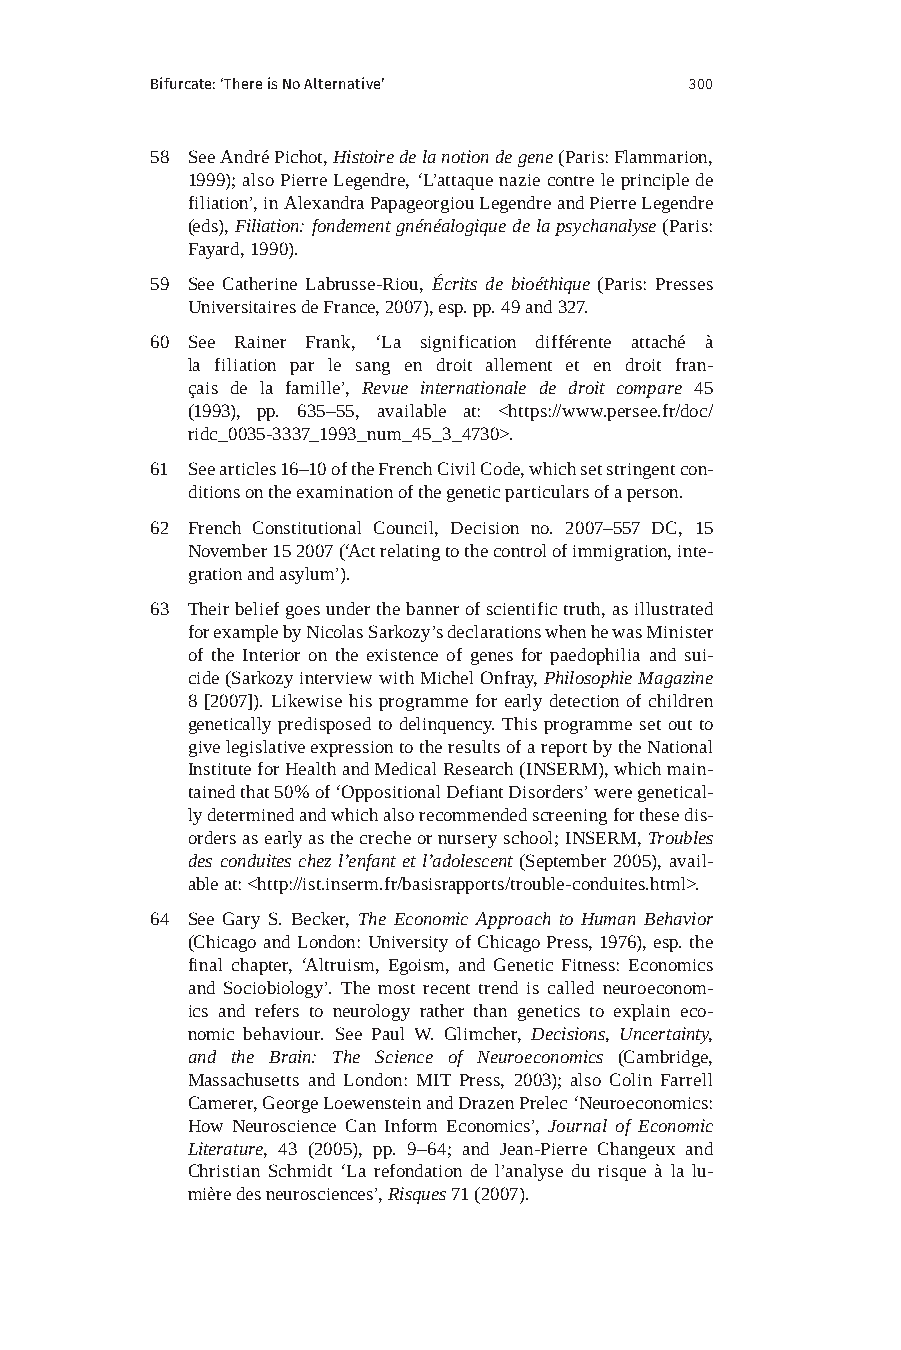
Bifurcate: ‘There is No Alternative’ 300
 58 See André Pichot, Histoire de la notion de gene (Paris: Flammarion,
 1999); also Pierre Legendre, ‘L’attaque nazie contre le principle de
 filiation’, in Alexandra Papageorgiou Legendre and Pierre Legendre
 (eds), Filiation: fondement gnénéalogique de la psychanalyse (Paris:
 Fayard, 1990).
 59 See Catherine Labrusse-Riou, Écrits de bioéthique (Paris: Presses
 Universitaires de France, 2007), esp. pp. 49 and 327.
 60 See Rainer Frank, ‘La signification différente attaché à
 la filiation par le sang en droit allement et en droit fran-
 çais de la famille’, Revue internationale de droit compare 45
 (1993), pp. 635–55, available at: <https://www.persee.fr/doc/
 ridc_0035-3337_1993_num_45_3_4730>.
 61 See articles 16–10 of the French Civil Code, which set stringent con-
 ditions on the examination of the genetic particulars of a person.
 62 French Constitutional Council, Decision no. 2007–557 DC, 15
 November 15 2007 (‘Act relating to the control of immigration, inte-
 gration and asylum’).
 63 Their belief goes under the banner of scientific truth, as illustrated
 for example by Nicolas Sarkozy’s declarations when he was Minister
 of the Interior on the existence of genes for paedophilia and sui-
 cide (Sarkozy interview with Michel Onfray, Philosophie Magazine
 8 [2007]). Likewise his programme for early detection of children
 genetically predisposed to delinquency. This programme set out to
 give legislative expression to the results of a report by the National
 Institute for Health and Medical Research (INSERM), which main-
 tained that 50% of ‘Oppositional Defiant Disorders’ were genetical-
 ly determined and which also recommended screening for these dis-
 orders as early as the creche or nursery school; INSERM, Troubles
 des conduites chez l’enfant et l’adolescent (September 2005), avail-
 able at: <http://ist.inserm.fr/basisrapports/trouble-conduites.html>.
 64 See Gary S. Becker, The Economic Approach to Human Behavior
 (Chicago and London: University of Chicago Press, 1976), esp. the
 final chapter, ‘Altruism, Egoism, and Genetic Fitness: Economics
 and Sociobiology’. The most recent trend is called neuroeconom-
 ics and refers to neurology rather than genetics to explain eco-
 nomic behaviour. See Paul W. Glimcher, Decisions, Uncertainty,
 and the Brain: The Science of Neuroeconomics (Cambridge,
 Massachusetts and London: MIT Press, 2003); also Colin Farrell
 Camerer, George Loewenstein and Drazen Prelec ‘Neuroeconomics:
 How Neuroscience Can Inform Economics’, Journal of Economic
 Literature, 43 (2005), pp. 9–64; and Jean-Pierre Changeux and
 Christian Schmidt ‘La refondation de l’analyse du risque à la lu-
 mière des neurosciences’, Risques 71 (2007).